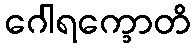
ဂေါရက္ခောတိ